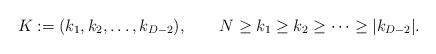
LaTeX: \begin{align*}K:=(k_1,k_2,\ldots,k_{D-2}),\qquad N\geq k_1 \geq k_2 \geq \cdots \geq|k_{D-2}|.\end{align*}